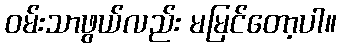
ဝမ်းသာဖွယ်လည်း မမြင်တော့ပါ။